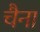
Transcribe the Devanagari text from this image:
चैना